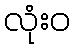
လုံးဝ